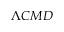
\Lambda C M D